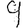
Digit: 9